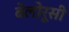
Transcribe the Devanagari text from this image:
बेलोरूसी